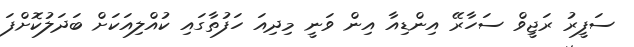
ސަފީރު ރަޖީވް ސަހާރޭ އިންޑިއާ އިން ވަނީ މިދިއަ ހަފުތާގައި ކުއްލިއަކަށް ބަދަލުކޮށްފަ